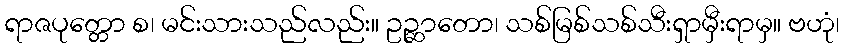
ရာဇပုတ္တော စ၊ မင်းသားသည်လည်း။ ဥဉ္ဆာတော၊ သစ်မြစ်သစ်သီးရှာမှီးရာမှ။ ဗဟုံ၊